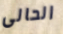
الحالى